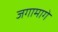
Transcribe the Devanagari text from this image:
जगामागे